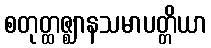
စတုတ္ထဇ္ဈာနသမာပတ္တိယာ